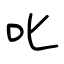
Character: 叱